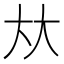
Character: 夶